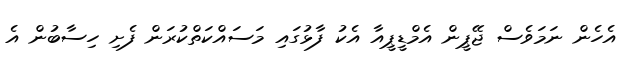
އެހެން ނަމަވެސް ޖޭޕީން އެމްޑީޕީއާ އެކު ފާޅުގައި މަސައްކަތްކުރަން ފެށި ހިސާބުން އެ